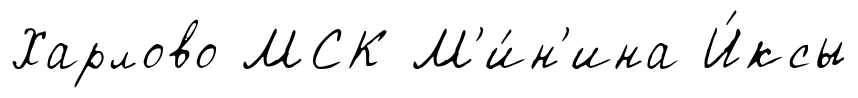
Харлово МСК М'и́н'ина И́ксы